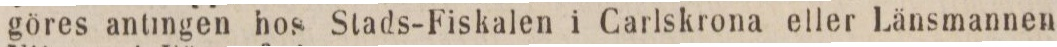
göres antingen hos Stads-Fiskalen i Carlskrona eller Länsmannen